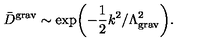
{ \bar { D } } ^ { \mathrm { g r a v } } \sim \exp \biggl ( - \frac { 1 } { 2 } k ^ { 2 } / \Lambda _ { \mathrm { g r a v } } ^ { 2 } \biggr ) .